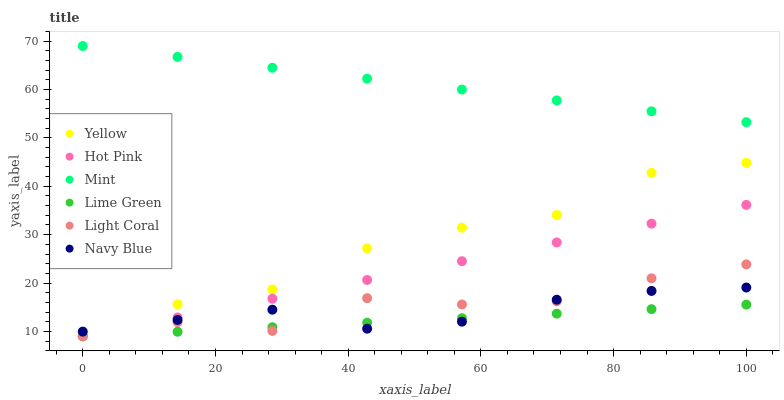
| xaxis_label | Yellow | Hot Pink | Mint | Lime Green | Light Coral | Navy Blue |
 | --- | --- | --- | --- | --- | --- | --- |
 | 0 | 9 | 9 | 69 | 9 | 9 | 9.96 |
 | 14.3 | 15.6 | 12.9 | 66.8 | 9.93 | 11.9 | 12.4 |
 | 28.6 | 18.7 | 16.8 | 64.5 | 10.9 | 10.1 | 14.5 |
 | 42.9 | 27.2 | 20.6 | 62.3 | 11.8 | 16.9 | 10.6 |
 | 57.1 | 31.4 | 24.5 | 60 | 12.7 | 15.6 | 12 |
 | 71.4 | 34.1 | 28.4 | 57.8 | 13.7 | 16.2 | 16.6 |
 | 85.7 | 42.8 | 32.3 | 55.5 | 14.6 | 21 | 18.4 |
 | 100 | 44.8 | 36.2 | 53.3 | 15.5 | 23.9 | 19.1 |